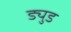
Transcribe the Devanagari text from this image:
ड्युड